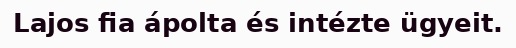
Lajos fia ápolta és intézte ügyeit.